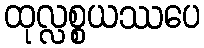
ထုလ္လစ္စယဿပေ